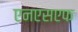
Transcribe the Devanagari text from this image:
एनएसएफ